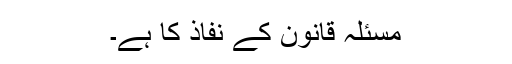
مسئلہ قانون کے نفاذ کا ہے۔